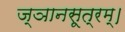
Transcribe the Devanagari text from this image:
ज्ञानसूत्रम्।